Report of the veterinary officer investigating camel disease
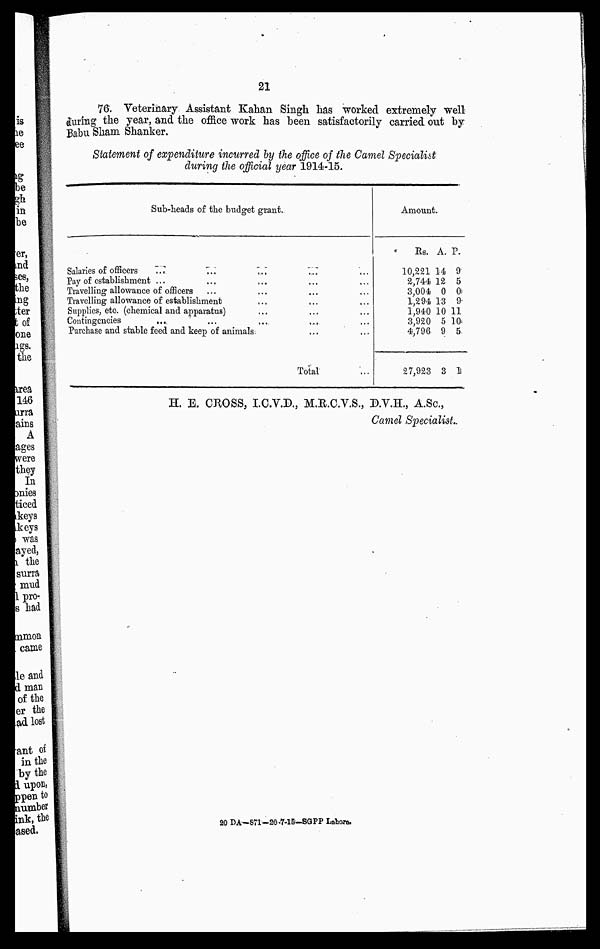
21
76. Veterinary Assistant Kahan Singh has worked extremely well
during the year, and the office work has been satisfactorily carried out by
Babu Sham Shanker.
Statement of expenditure incurred by the office of the Camel Specialist
during the official year 1914-15.
Sub-heads of the budget grant..
Salaries of officers
...
...
Pay of establishment
......
...
...
Travelling allowance of
officers...
...
...
Travelling allowance of establishment... ... ...
Supplies, etc. (chemical and
apiraratus)...
...
...
C o n t i n g e n c i e s . . . .
...
...
Purchase and stable feed and keep of animals
Amount
Rs.
10,221
2,744
3,004
1,294
1,940
3,920
4,796
27,923
A.
14
12
0
13
10
5
9
3
P.
9
5
0
9
11
10
5
1
H. E. CROSS, I.C.V.D., M.R.C.V.S., D.V.H., A.Sc,
Camel Specialist..